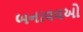
બનાવવઓ